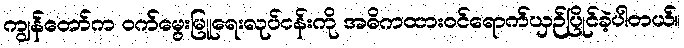
ကျွန်တော်က ဝက်မွေးမြူရေးလုပ်ငန်းကို အဓိကထားဝင်ရောက်ယှဉ်ပြိုင်ခဲ့ပါတယ်။